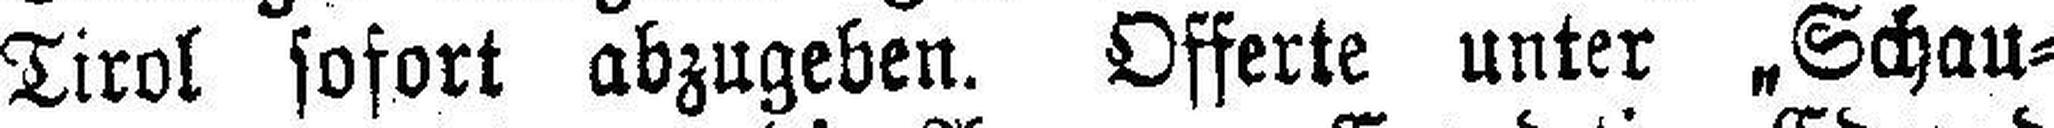
Tirol sofort abzugeben. Offerte unter „Schau¬